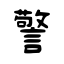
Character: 警